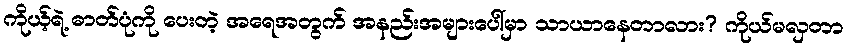
ကိုယ့်ရဲ့ ဓာတ်ပုံကို ပေးတဲ့ အရေအတွက် အနည်းအများပေါ်မှာ သာယာနေတာလား? ကိုယ်မလှတာ